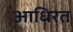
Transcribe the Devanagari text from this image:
आधिरत